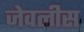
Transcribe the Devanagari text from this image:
जेवलीस